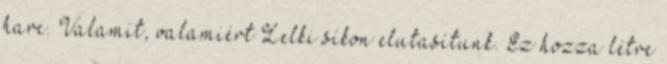
harc. Valamit, valamiért Lelki síkon elutasítunk. Ez hozza létre